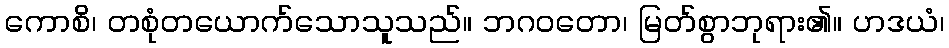
ကောစိ၊ တစုံတယောက်သောသူသည်။ ဘဂဝတော၊ မြတ်စွာဘုရား၏။ ဟဒယံ၊